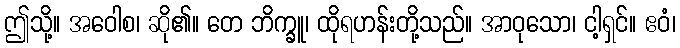
ဤသို့။ အဝေါစ၊ ဆို၏။ တေ ဘိက္ခူ၊ ထိုရဟန်းတို့သည်။ အာဝုသော၊ ငါ့ရှင်။ ဧဝံ၊